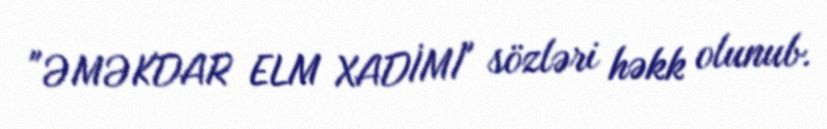
"ƏMƏKDAR ELM XADİMİ" sözləri həkk olunub.